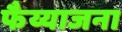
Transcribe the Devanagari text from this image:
फैय्याजना